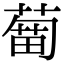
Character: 𦹣